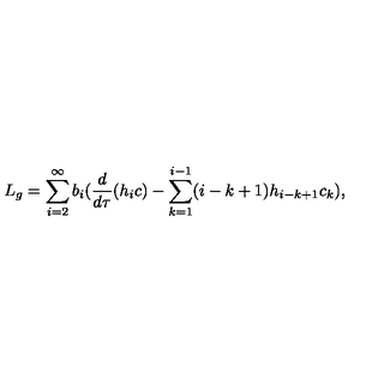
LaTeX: L _ { g } = \sum _ { i = 2 } ^ { \infty } b _ { i } ( \frac { d } { d \tau } ( h _ { i } c ) - \sum _ { k = 1 } ^ { i - 1 } ( i - k + 1 ) h _ { i - k + 1 } c _ { k } ) ,